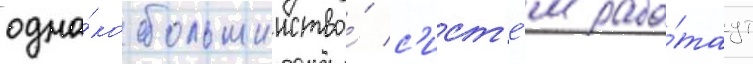
одна́ко большинство́ с'ист'е́м рабо́таут